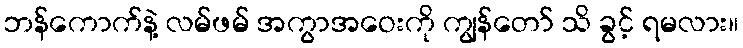
ဘန်ကောက်နဲ့ လမ်ဖမ် အကွာအဝေးကို ကျွန်တော် သိ ခွင့် ရမလား။